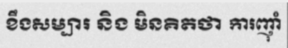
ខឹងសម្បារ និង មិនគិតថា ការញ៉ាំ